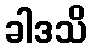
ခါဒသိ